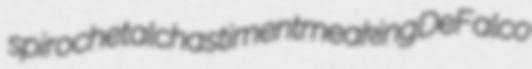
spirochetal chastiment meaking DeFalco